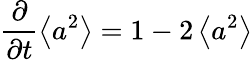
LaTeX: \frac{\partial}{\partial t}\left\langle a^{2}\right\rangle=1-2\left\langle a^{2}\right\rangle